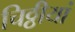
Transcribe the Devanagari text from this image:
चिठ्ठीयां